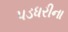
પડધરીના